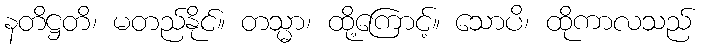
နတိဋ္ဌတိ၊ မတည်နိုင်။ တသ္မာ၊ ထို့ကြောင့်။ သောပိ၊ ထိုကာလသည်